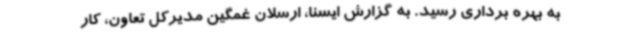
به بهره برداری رسید. به گزارش ایسنا، ارسلان غمگین مدیرکل تعاون، کار